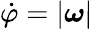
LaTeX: \dot{\varphi}=|\boldsymbol{\omega}|